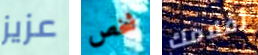
عزيز شخص أفلامك